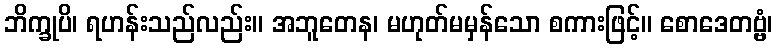
ဘိက္ခုပိ၊ ရဟန်းသည်လည်း။ အဘူတေန၊ မဟုတ်မမှန်သော စကားဖြင့်။ စောဒေတဗ္ဗံ၊